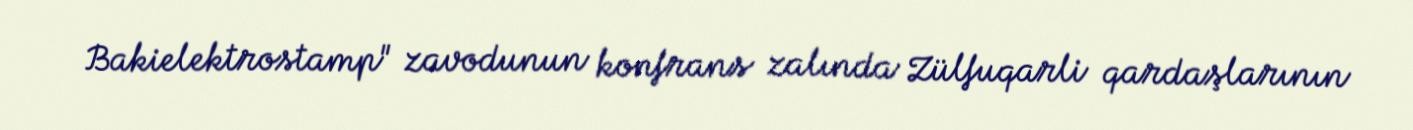
Bakielektrostamp" zavodunun konfrans zalında Zülfuqarli qardaşlarının